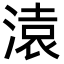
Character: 溒